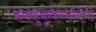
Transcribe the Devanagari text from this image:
हकहुकूकधारियों